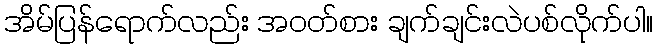
အိမ်ပြန်ရောက်လည်း အဝတ်စား ချက်ချင်းလဲပစ်လိုက်ပါ။